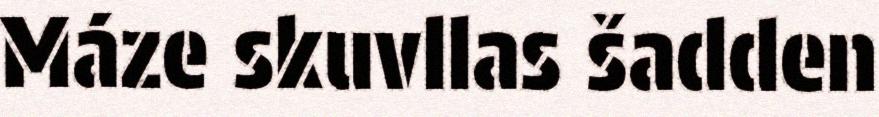
Máze skuvllas šadden